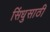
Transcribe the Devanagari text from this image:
सिंधुसाठी